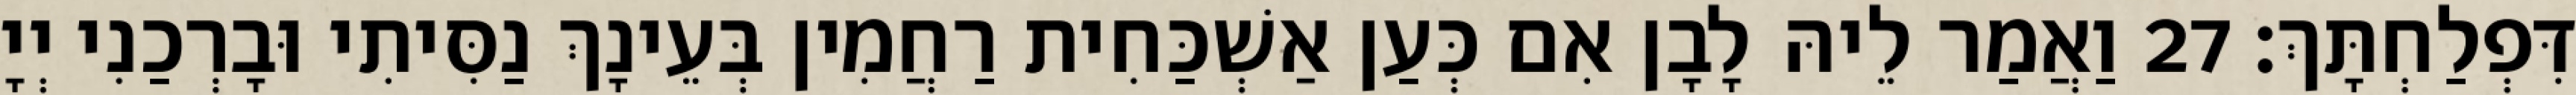
דִּפְלַחְתָּךְ׃ 27 וַאֲמַר לֵיהּ לָבָן אִם כְּעַן אַשְׁכַּחִית רַחֲמִין בְּעֵינָךְ נַסִּיתִי וּבָרְכַנִי יְיָ